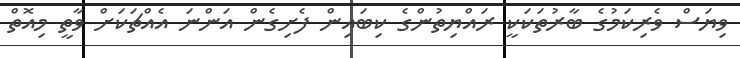
ވިޔަސް ވެރިކަމުގެ ބާރުތަކަކީ ރައްޔިތުންގެ ކިބައިން ފެށިގެން އަންނަ އެއްޗަކަށް ވާތީ މިއޮތް